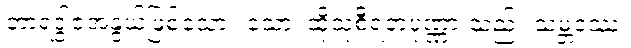
ဘာရဒွါဇအနွယ်ဖြစ်သော။ သော၊ ထိုသုစီရတပုဏ္ဏားသည်။ သမ္ဘဝဿ၊